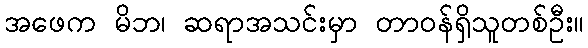
အဖေက မိဘ၊ ဆရာအသင်းမှာ တာဝန်ရှိသူတစ်ဦး။